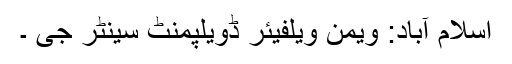
اسلام آباد: ویمن ویلفیئر ڈویلپمنٹ سینٹر جی ۔